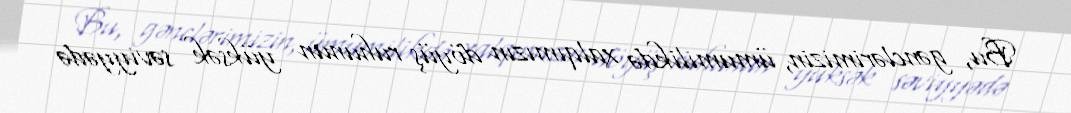
Bu, gənclərimizin, ümumilikdə xalqımızın döyüş ruhunun yüksək səviyyədə